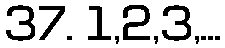
37. 1,2,3,...